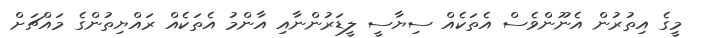
މީގެ އިތުރުން އެނޫންވެސް އެތަކެއް ސިޔާސީ ލީޑަރުންނާއި އާންމު އެތަކެއް ރައްޔިތުންގެ މައްޗަށް